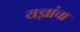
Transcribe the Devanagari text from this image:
यज्ञांचा